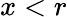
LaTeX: x<r